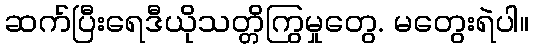
ဆက်ပြီးရေဒီယိုသတ္တိကြွမှုတွေ. မတွေးရဲပါ။